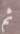
ثم